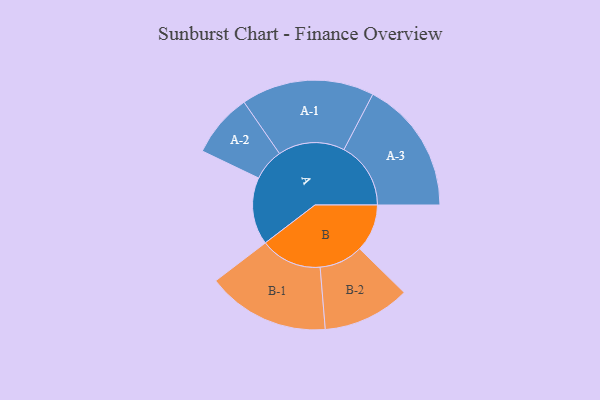
{"axis": {"x": "Segment", "y": "Value"}, "legend": ["", "A", "B"], "data": [{"x": "A", "y": 262, "type": ""}, {"x": "B", "y": 185, "type": ""}, {"x": "A-1", "y": 259, "type": "A"}, {"x": "A-2", "y": 124, "type": "A"}, {"x": "A-3", "y": 260, "type": "A"}, {"x": "B-1", "y": 239, "type": "B"}, {"x": "B-2", "y": 170, "type": "B"}]}